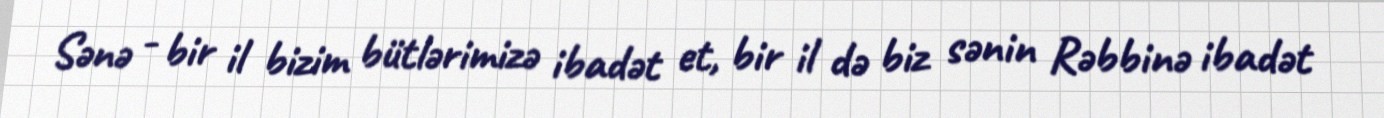
Sənə - bir il bizim bütlərimizə ibadət et, bir il də biz sənin Rəbbinə ibadət